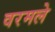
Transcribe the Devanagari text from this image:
वरमले